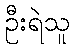
ဦးရဲသူ